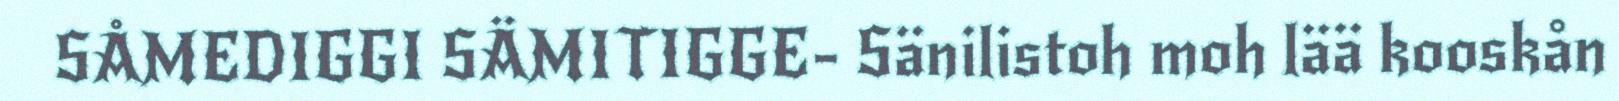
SÅMEDIGGI SÄMITIGGE- Sänilistoh moh lää kooskån